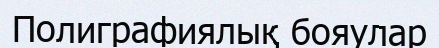
Полиграфиялық бояулар